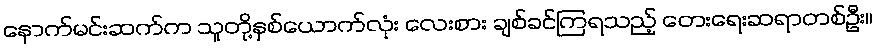
နောက်မင်းဆက်က သူတို့နှစ်ယောက်လုံး လေးစား ချစ်ခင်ကြရသည့် တေးရေးဆရာတစ်ဦး။